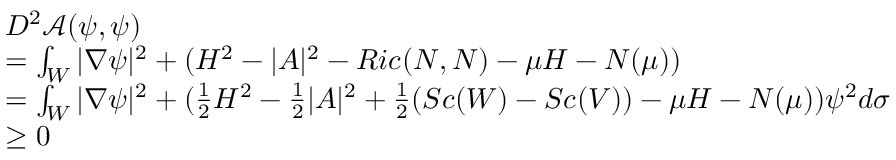
\begin{array} { r l } & { D ^ { 2 } \mathcal { A } ( \psi , \psi ) } \\ & { = \int _ { W } | \nabla \psi | ^ { 2 } + ( H ^ { 2 } - | A | ^ { 2 } - R i c ( N , N ) - \mu H - N ( \mu ) ) } \\ & { = \int _ { W } | \nabla \psi | ^ { 2 } + ( \frac { 1 } { 2 } H ^ { 2 } - \frac { 1 } { 2 } | A | ^ { 2 } + \frac { 1 } { 2 } ( S c ( W ) - S c ( V ) ) - \mu H - N ( \mu ) ) \psi ^ { 2 } d \sigma } \\ & { \ge 0 } \end{array}